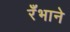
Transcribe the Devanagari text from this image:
रँभाने